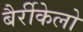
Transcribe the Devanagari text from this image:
बैर्रीकेलो